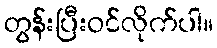
တွန်းပြီးဝင်လိုက်ပါ။